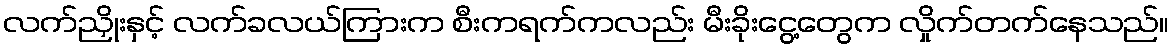
လက်ညှိုးနှင့် လက်ခလယ်ကြားက စီးကရက်ကလည်း မီးခိုးငွေ့တွေက လှိုက်တက်နေသည်။